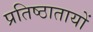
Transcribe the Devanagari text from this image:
प्रतिष्ठातायों